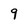
Character: 9